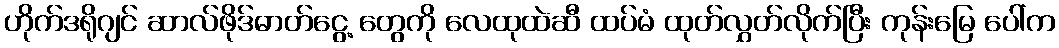
ဟိုက်ဒရိုဂျင် ဆာလ်ဖိုဒ်ဓာတ်ငွေ့ တွေကို လေထုထဲဆီ ထပ်မံ ထုတ်လွှတ်လိုက်ပြီး ကုန်းမြေ ပေါ်က